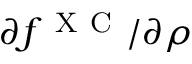
{ \partial f ^ { \mathrm { ~ X ~ C ~ } } } / { \partial \rho }